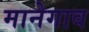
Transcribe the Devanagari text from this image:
मानेगाव